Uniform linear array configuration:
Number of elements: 12
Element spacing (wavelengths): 0.75
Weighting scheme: hamming
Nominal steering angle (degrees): -30
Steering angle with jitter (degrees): -30.577
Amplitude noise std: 0.05
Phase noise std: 0.05

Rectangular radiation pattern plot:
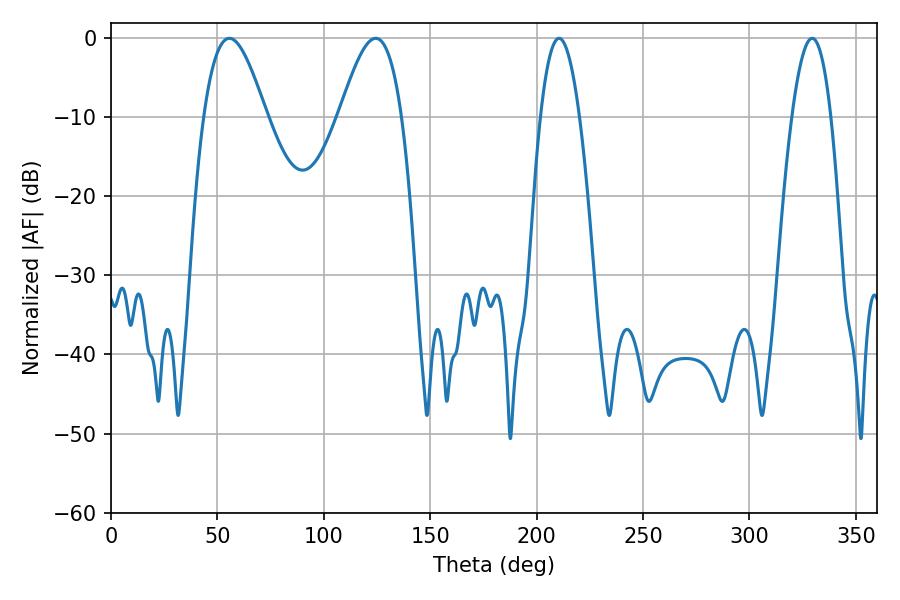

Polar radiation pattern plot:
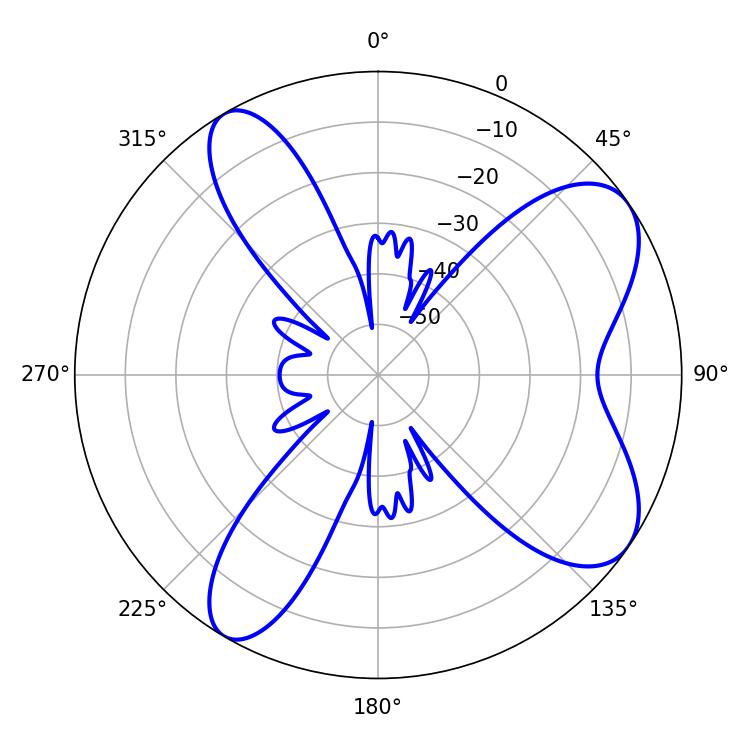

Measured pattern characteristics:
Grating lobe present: TRUE
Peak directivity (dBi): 7.915
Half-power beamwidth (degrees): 15.84
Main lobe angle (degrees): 55.62